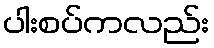
ပါးစပ်ကလည်း